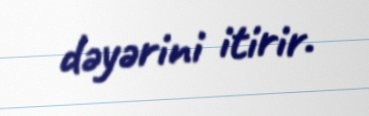
dəyərini itirir.